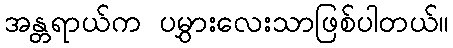
အန္တရာယ်က ပမွှားလေးသာဖြစ်ပါတယ်။